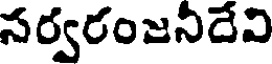
సర్వరంజనీదేవి